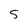
Character: 5